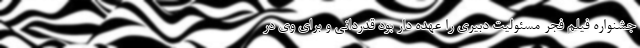
جشنواره فیلم فجر مسئولیت دبیری را عهده دار بود قدردانی و برای وی در